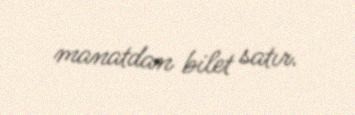
manatdan bilet satır.